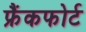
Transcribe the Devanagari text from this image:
फ्रैंकफोर्ट